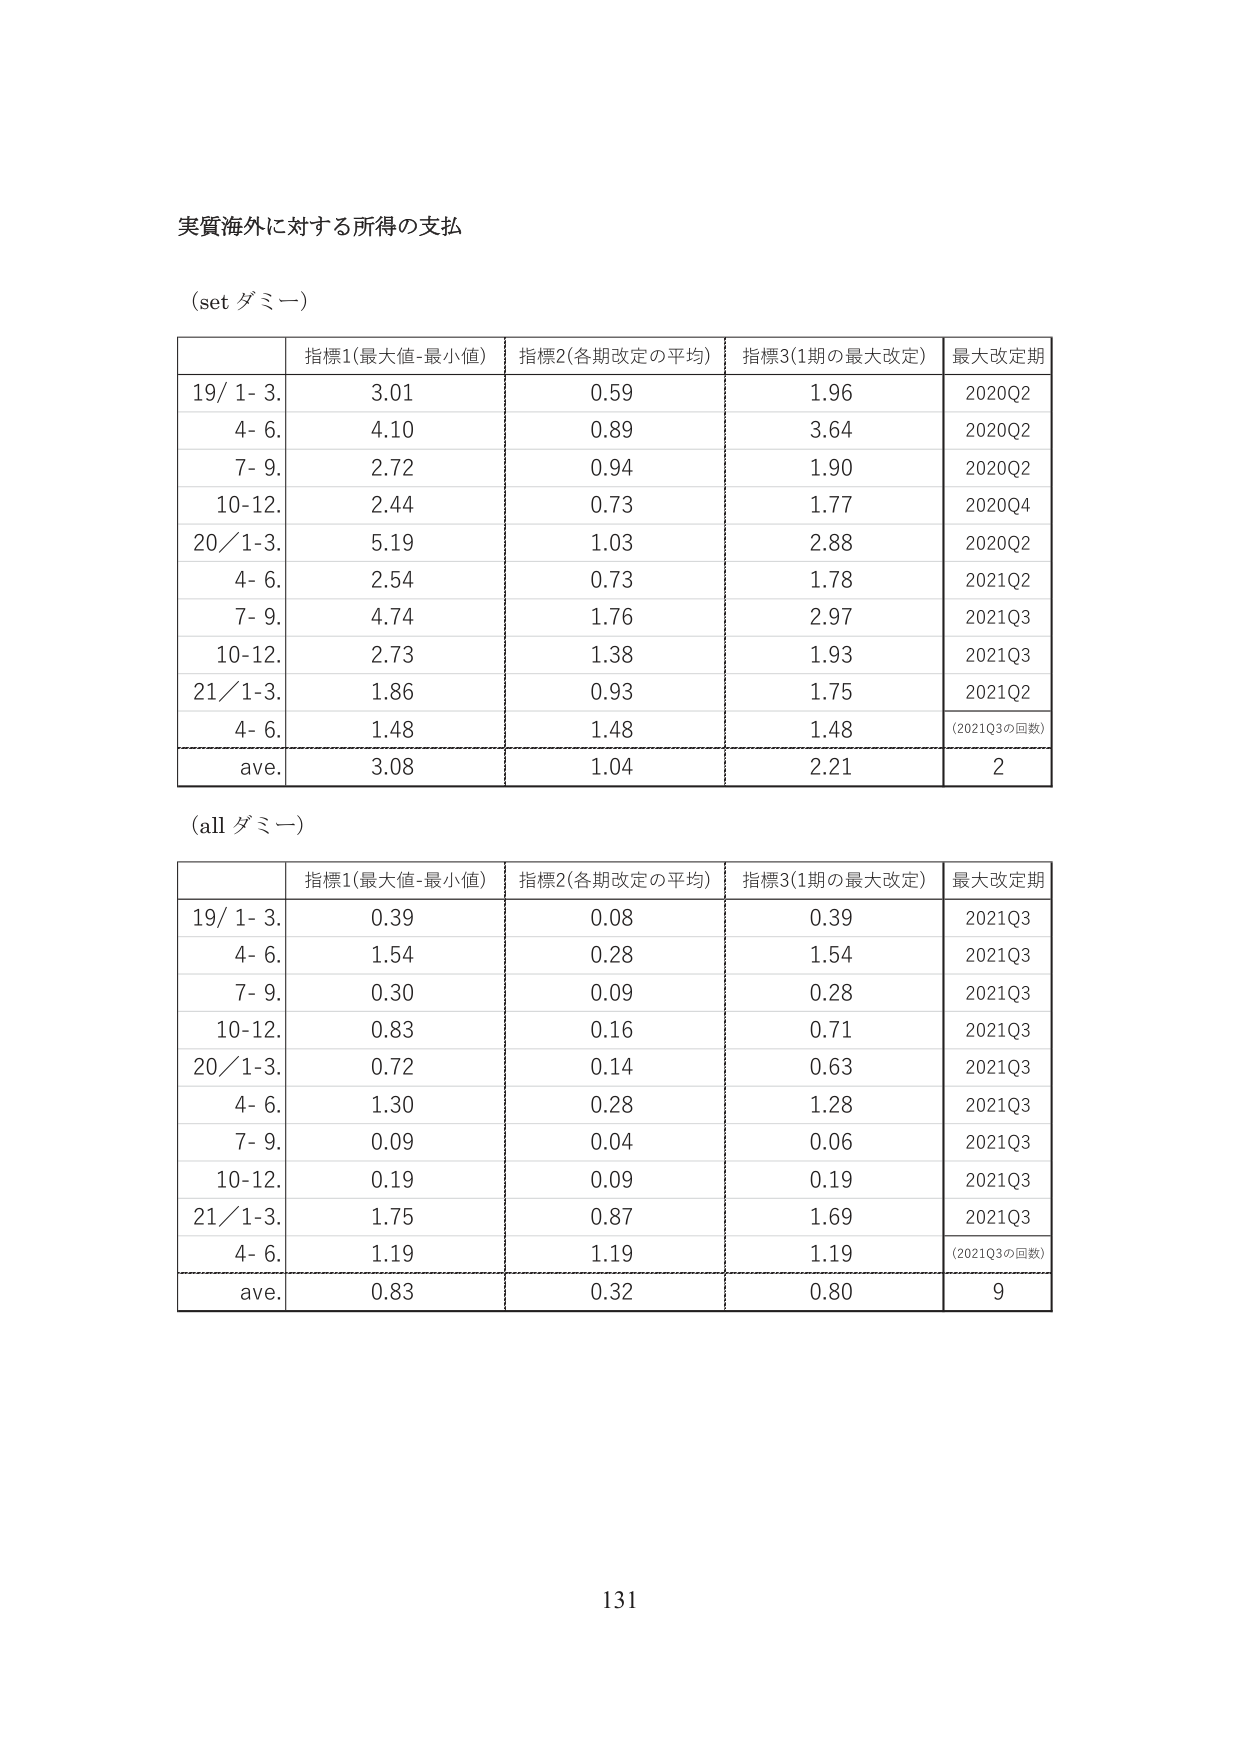
実質海外に対する所得の支払

(set ダミー)

| | 指標1(最大値-最小値) | 指標2(各期改定の平均) | 指標3(1期の最大改定) | 最大改定期 |
|---|---|---|---|---|
| 19/ 1- 3. | 3.01 | 0.59 | 1.96 | 2020Q2 |
| 4- 6. | 4.10 | 0.89 | 3.64 | 2020Q2 |
| 7- 9. | 2.72 | 0.94 | 1.90 | 2020Q2 |
| 10-12. | 2.44 | 0.73 | 1.77 | 2020Q4 |
| 20/ 1-3. | 5.19 | 1.03 | 2.88 | 2020Q2 |
| 4- 6. | 2.54 | 0.73 | 1.78 | 2021Q2 |
| 7- 9. | 4.74 | 1.76 | 2.97 | 2021Q3 |
| 10-12. | 2.73 | 1.38 | 1.93 | 2021Q3 |
| 21/ 1-3. | 1.86 | 0.93 | 1.75 | 2021Q2 |
| 4- 6. | 1.48 | 1.48 | 1.48 | (2021Q3の回数) |
| ave. | 3.08 | 1.04 | 2.21 | 2 |

(all ダミー)

| | 指標1(最大値-最小値) | 指標2(各期改定の平均) | 指標3(1期の最大改定) | 最大改定期 |
|---|---|---|---|---|
| 19/ 1- 3. | 0.39 | 0.08 | 0.39 | 2021Q3 |
| 4- 6. | 1.54 | 0.28 | 1.54 | 2021Q3 |
| 7- 9. | 0.30 | 0.09 | 0.28 | 2021Q3 |
| 10-12. | 0.83 | 0.16 | 0.71 | 2021Q3 |
| 20/ 1-3. | 0.72 | 0.14 | 0.63 | 2021Q3 |
| 4- 6. | 1.30 | 0.28 | 1.28 | 2021Q3 |
| 7- 9. | 0.09 | 0.04 | 0.06 | 2021Q3 |
| 10-12. | 0.19 | 0.09 | 0.19 | 2021Q3 |
| 21/ 1-3. | 1.75 | 0.87 | 1.69 | 2021Q3 |
| 4- 6. | 1.19 | 1.19 | 1.19 | (2021Q3の回数) |
| ave. | 0.83 | 0.32 | 0.80 | 9 |

131